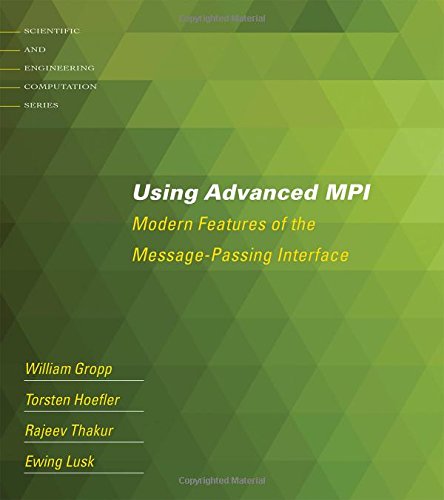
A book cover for Using Advanced MPI: Modern Features of the Message-Passing Interface (Scientific and Engineering Computation); William Gropp; Computers & Technology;